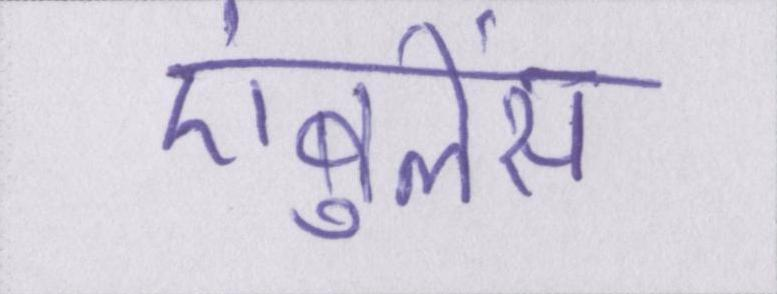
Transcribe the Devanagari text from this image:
एंबुलेंस